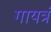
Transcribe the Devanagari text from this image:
गायत्रं